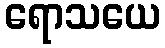
ရောသယေ